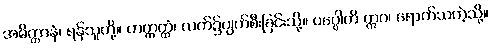
အဓိတ္တာနံ၊ ရန်သူတို့။ ဟတ္ထတ္ထံ၊ လက်၌ပျက်စီးခြင်းသို့။ ပပ္ပေါတိ ဣဝ၊ ရောက်သကဲ့သို့။